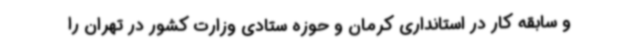
و سابقه کار در استانداری کرمان و حوزه ستادی وزارت کشور در تهران را